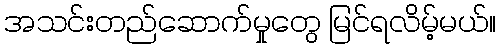
အသင်းတည်ဆောက်မှုတွေ မြင်ရလိမ့်မယ်။